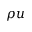
\rho u